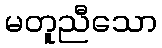
မတူညီသော